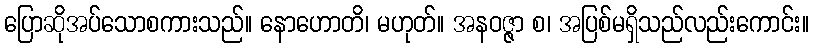
ပြောဆိုအပ်သောစကားသည်။ နောဟောတိ၊ မဟုတ်။ အနဝဇ္ဇာ စ၊ အပြစ်မရှိသည်လည်းကောင်း။